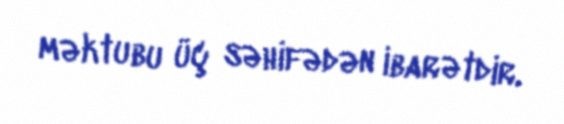
məktubu üç səhifədən ibarətdir.